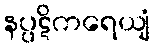
နပ္ပဋိကရေယျံ